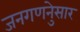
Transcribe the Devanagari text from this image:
जनगणनेुसार